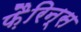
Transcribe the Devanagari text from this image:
फ़ैरिन्स